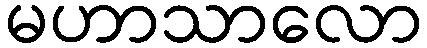
မဟာသာလော